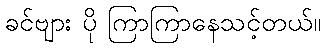
ခင်ဗျား ပို ကြာကြာနေသင့်တယ်။